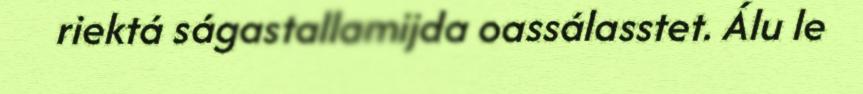
riektá ságastallamijda oassálasstet. Álu le